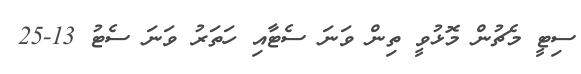
ސިޓީ މެޗުން މޮޅުވީ ތިން ވަނަ ސެޓާއި ހަތަރު ވަނަ ސެޓު 13-25